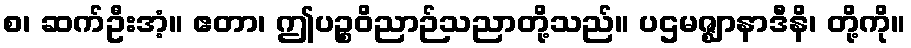
စ၊ ဆက်ဦးအံ့။ ဧတာ၊ ဤပဉ္စဝိညာဉ်သညာတို့သည်။ ပဌမဇ္ဈာနာဒီနိ၊ တို့ကို။